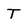
Character: T